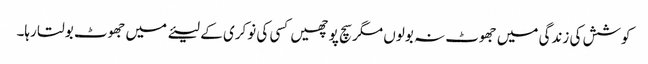
کوشش کی زندگی میں جھوٹ نہ بولوں مگر سچ پوچھیں کسی کی نوکری کے لیئے میں جھوٹ بولتا رہا۔